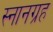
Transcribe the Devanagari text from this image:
स्नानग्रह